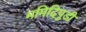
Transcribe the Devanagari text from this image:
ममिदिपुडी